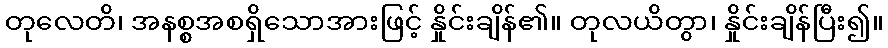
တုလေတိ၊ အနစ္စအစရှိသောအားဖြင့် နှိုင်းချိန်၏။ တုလယိတွာ၊ နှိုင်းချိန်ပြီး၍။